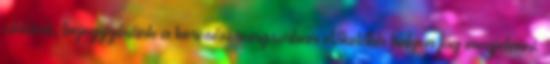
cikkünk, bejegyzésünk a keresési rangsorban előkelőbb helyen fog megjelenni.